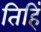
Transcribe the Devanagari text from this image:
तिहिं